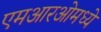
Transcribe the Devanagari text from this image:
एमआरओमध्ये